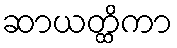
ဆာယတ္ထိကာ